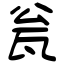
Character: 瓮